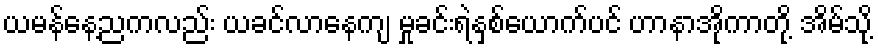
ယမန်နေ့ညကလည်း ယခင်လာနေကျ မှုခင်းရဲနှစ်ယောက်ပင် ဟာနာအိုကာတို့ အိမ်သို့